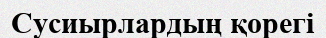
Сусиырлардың қорегі